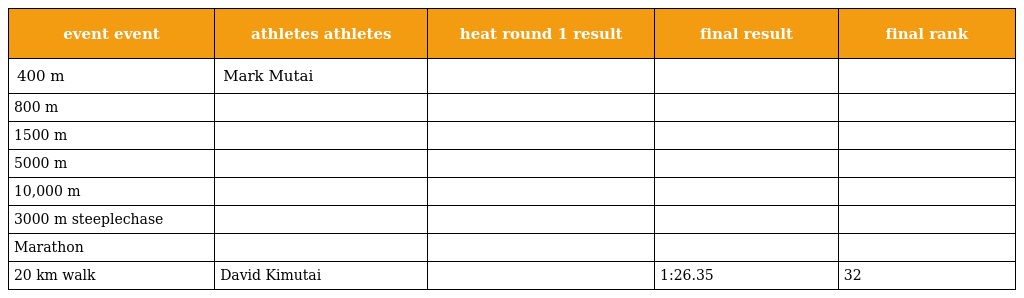
| event event | athletes athletes | heat round 1 result | final result | final rank |
 | --- | --- | --- | --- | --- |
 | 400 m | Mark Mutai |  |  |  |
 | 800 m |  |  |  |  |
 | 1500 m |  |  |  |  |
 | 5000 m |  |  |  |  |
 | 10,000 m |  |  |  |  |
 | 3000 m steeplechase |  |  |  |  |
 | Marathon |  |  |  |  |
 | 20 km walk | David Kimutai |  | 1:26.35 | 32 |